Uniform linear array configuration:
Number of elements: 24
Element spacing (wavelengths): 0.5
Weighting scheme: binomial
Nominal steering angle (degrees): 45
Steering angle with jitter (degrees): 45.474
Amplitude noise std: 0.05
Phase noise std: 0.05

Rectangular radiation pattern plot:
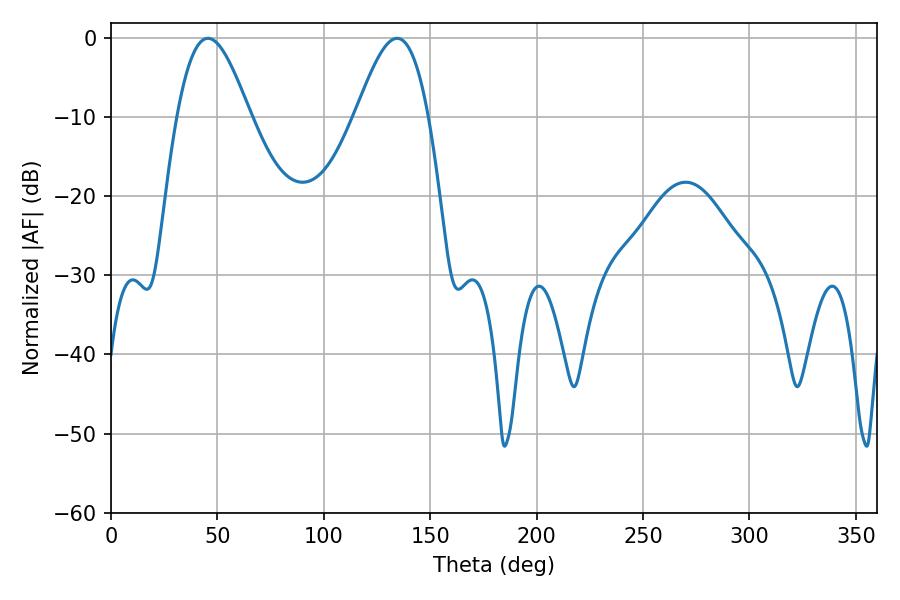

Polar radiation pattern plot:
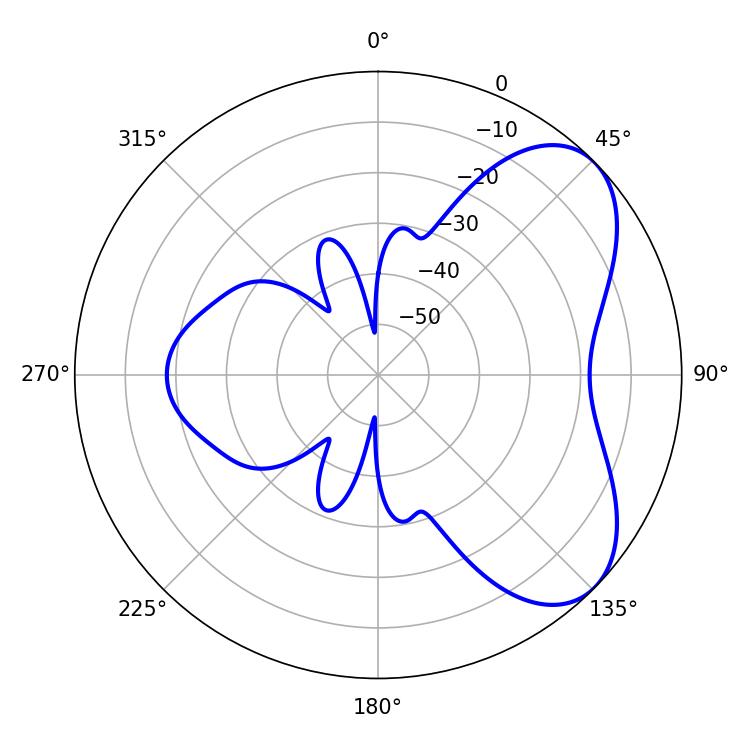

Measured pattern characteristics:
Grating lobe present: FALSE
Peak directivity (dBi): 5.88
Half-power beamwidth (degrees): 18.36
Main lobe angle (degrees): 45.54